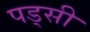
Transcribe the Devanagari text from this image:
पड्सी